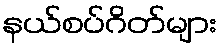
နယ်စပ်ဂိတ်များ